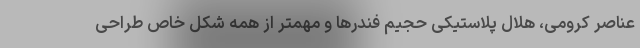
عناصر کرومی، هلال پلاستیکی حجیم فندرها و مهمتر از همه شکل خاص طراحی